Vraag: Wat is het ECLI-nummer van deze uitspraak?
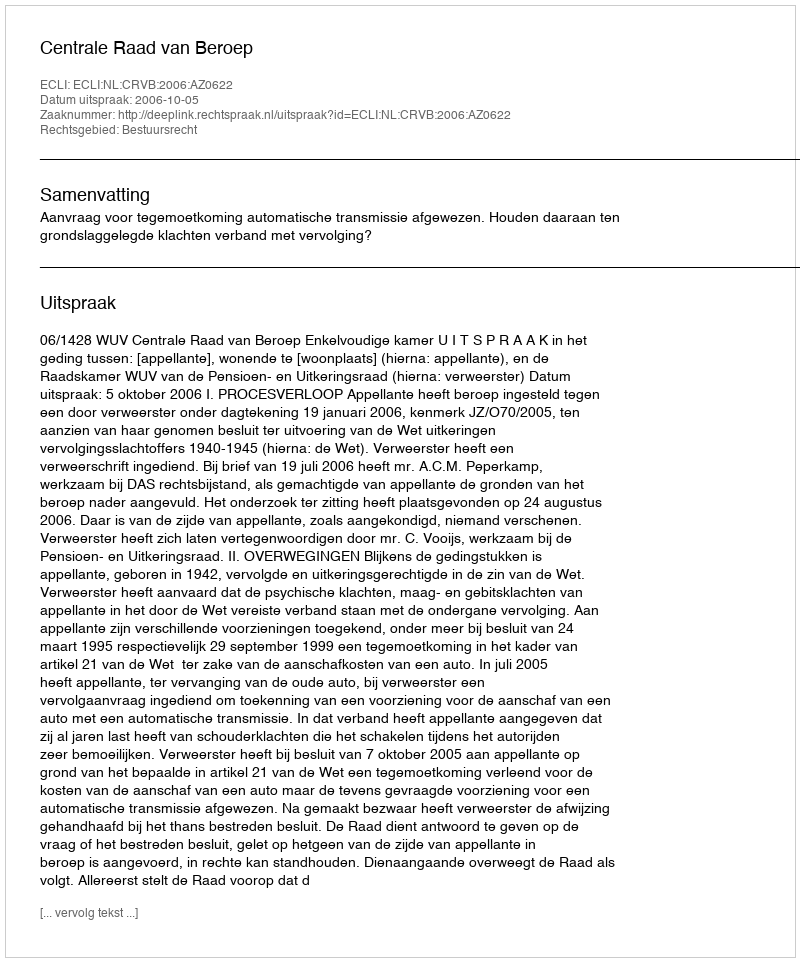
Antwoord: ECLI:NL:CRVB:2006:AZ0622